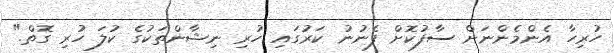
ހުރިހާ އެންމެންނަށް ސާފުކޮށް ފެނުނު ކަރުގައި ހުރި ނިޝާންތަކުގެ ކުލަ ހުރި ގޮތް."